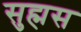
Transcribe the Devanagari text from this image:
सुह्मस